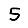
Digit: 5